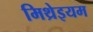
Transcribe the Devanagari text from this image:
मिथ्रेइयम